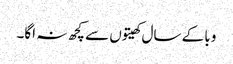
وبا کے سال کھیتوں سے کچھ نہ اگا۔